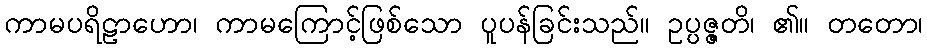
ကာမပရိဠာဟော၊ ကာမကြောင့်ဖြစ်သော ပူပန်ခြင်းသည်။ ဥပ္ပဇ္ဇတိ၊ ၏။ တတော၊